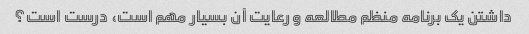
داشتن یک برنامه منظم مطالعه و رعایت آن بسیار مهم است، درست است؟